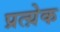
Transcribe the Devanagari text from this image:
प्रत्य़ेक